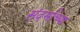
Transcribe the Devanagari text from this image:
संदर्भाच्या